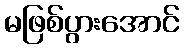
မဖြစ်ပွားအောင်